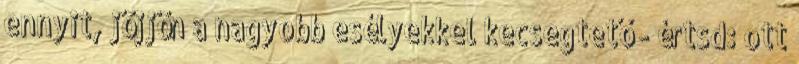
ennyit, jöjjön a nagyobb esélyekkel kecsegtető - értsd: ott